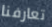
تعارفنا